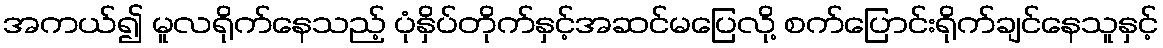
အကယ်၍ မူလရိုက်နေသည့် ပုံနှိပ်တိုက်နှင့်အဆင်မပြေလို့ စက်ပြောင်းရိုက်ချင်နေသူနှင့်